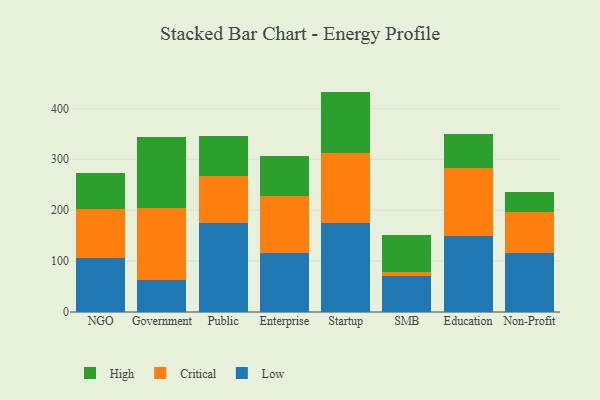
{"axis": {"x": "Segment", "y": "Active Users"}, "legend": ["Critical", "High", "Low"], "data": [{"x": "NGO", "y": 106.0, "type": "Low"}, {"x": "NGO", "y": 96.0, "type": "Critical"}, {"x": "NGO", "y": 71.6, "type": "High"}, {"x": "Government", "y": 62.0, "type": "Low"}, {"x": "Government", "y": 141.9, "type": "Critical"}, {"x": "Government", "y": 139.2, "type": "High"}, {"x": "Public", "y": 174.8, "type": "Low"}, {"x": "Public", "y": 91.7, "type": "Critical"}, {"x": "Public", "y": 78.5, "type": "High"}, {"x": "Enterprise", "y": 115.4, "type": "Low"}, {"x": "Enterprise", "y": 112.3, "type": "Critical"}, {"x": "Enterprise", "y": 79.0, "type": "High"}, {"x": "Startup", "y": 174.8, "type": "Low"}, {"x": "Startup", "y": 137.1, "type": "Critical"}, {"x": "Startup", "y": 120.9, "type": "High"}, {"x": "SMB", "y": 71.1, "type": "Low"}, {"x": "SMB", "y": 6.6, "type": "Critical"}, {"x": "SMB", "y": 72.9, "type": "High"}, {"x": "Education", "y": 149.9, "type": "Low"}, {"x": "Education", "y": 132.4, "type": "Critical"}, {"x": "Education", "y": 68.0, "type": "High"}, {"x": "Non-Profit", "y": 115.5, "type": "Low"}, {"x": "Non-Profit", "y": 80.7, "type": "Critical"}, {"x": "Non-Profit", "y": 38.6, "type": "High"}]}